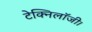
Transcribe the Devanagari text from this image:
टेक्निलॉजी।